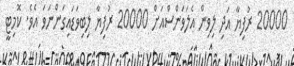
20000 ރުފިޔާ އަދި ލިވިން އެލަވަންސްއަށް 20000 ރުފިޔާ ލިބިވަޑައިގަންނަވަ އެވެ. ކޮމިޓީ